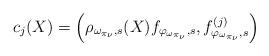
LaTeX: \begin{align*}c_{j}(X)=\left(\rho_{\omega_{\pi_{\nu}},s}(X)f_{\varphi_{\omega_{\pi_{\nu}}},s},f^{(j)}_{\varphi_{\omega_{\pi_{\nu}}},s}\right)\end{align*}